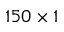
1 5 0 \times 1